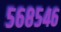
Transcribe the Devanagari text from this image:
५६८५४६